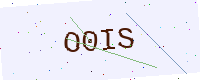
Text: O0IS